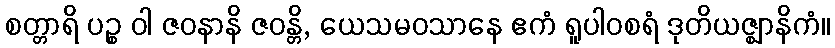
စတ္တာရိ ပဉ္စ ဝါ ဇဝနာနိ ဇဝန္တိ, ယေသမဝသာနေ ဧကံ ရူပါဝစရံ ဒုတိယဇ္ဈာနိကံ။